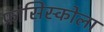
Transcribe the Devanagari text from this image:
फ्रांसिस्कोला